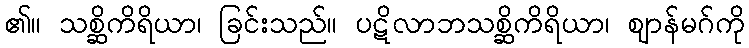
၏။ သစ္ဆိကိရိယာ၊ ခြင်းသည်။ ပဋိလာဘသစ္ဆိကိရိယာ၊ ဈာန်မဂ်ကို